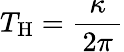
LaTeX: T_{\mathrm{H}}={\frac{\kappa}{\, 2\pi\, }}